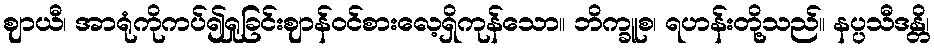
ဈာယီ၊ အာရုံကိုကပ်၍ရှုခြင်းဈာန်ဝင်စားလေ့ရှိကုန်သော။ ဘိက္ခူစ၊ ရဟန်းတို့သည်။ နပ္ပသီဒန္တိ၊